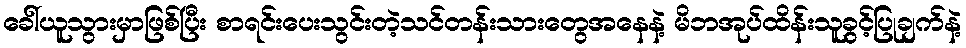
ခေါ်ယူသွားမှာဖြစ်ပြီး စာရင်းပေးသွင်းတဲ့သင်တန်းသားတွေအနေနဲ့ မိဘအုပ်ထိန်းသူခွင့်ပြုချက်နဲ့